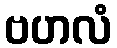
ဗဟလံ